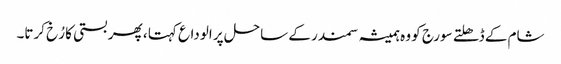
شام کے ڈھلتے سورج کو وہ ہمیشہ سمندر کے ساحل پر الوداع کہتا ، پھر بستی کا رُخ کرتا۔